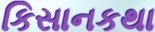
કિસાનકથા